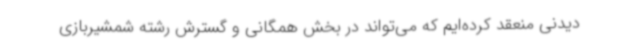
دیدنی منعقد کرده‌ایم که می‌تواند در بخش همگانی و گسترش رشته شمشیربازی